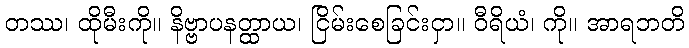
တဿ၊ ထိုမီးကို။ နိဗ္ဗာပနတ္ထာယ၊ ငြိမ်းစေခြင်းငှာ။ ဝီရိယံ၊ ကို။ အာရဘတိ